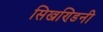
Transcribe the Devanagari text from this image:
सिखण्डिनी